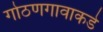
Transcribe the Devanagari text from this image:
गोठणगावाकडे